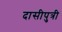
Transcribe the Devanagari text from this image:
दासीपुत्री